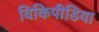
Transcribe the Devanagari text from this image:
विकिपीडिया